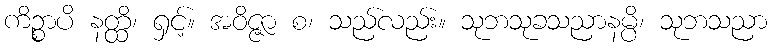
ကိဉ္စာပိ နတ္ထိ၊ ရှင့်။ အဝိဇ္ဇာ စ၊ သည်လည်း။ သုဘသုခသညာနမ္ပိ၊ သုဘသညာ